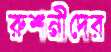
রুশনীদের